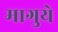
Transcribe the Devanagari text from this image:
मागुये